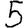
Digit: 5